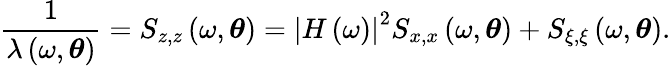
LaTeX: \frac{1}{\lambda\left(\omega,\boldsymbol{\theta}\right)}=S_{z,z}\left(\omega,\boldsymbol{\theta}\right)=\left|H\left(\omega\right)\right|^{2}S_{x,x}\left(\omega,\boldsymbol{\theta}\right)+S_{\xi,\xi}\left(\omega,\boldsymbol{\theta}\right).